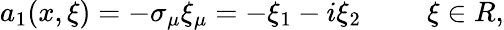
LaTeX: a_{1}(x,\xi)=-\sigma_{\mu}\xi_{\mu}=-\xi_{1}-i\xi_{2}\, \, \, \, \, \, \, \, \, \, \, \, \, \, \xi\in R,